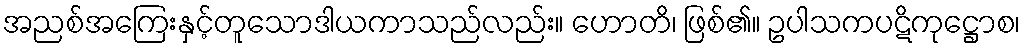
အညစ်အကြေးနှင့်တူသောဒါယကာသည်လည်း။ ဟောတိ၊ ဖြစ်၏။ ဥပါသကပဋိကုဋ္ဌောစ၊